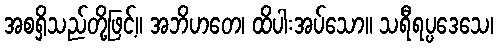
အစရှိသည်တို့ဖြင့်။ အဘိဟတေ၊ ထိပါးအပ်သော။ သရီရပ္ပဒေသေ၊